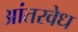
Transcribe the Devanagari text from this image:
आंतरवेध